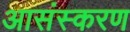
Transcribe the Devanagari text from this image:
आसंस्करण